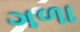
ગળા